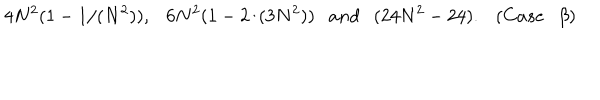
LaTeX: 4 N ^ { 2 } ( 1 - 1 / ( N ^ { 2 } ) ) , 6 N ^ { 2 } ( 1 - 2 / ( 3 N ^ { 2 } ) ) a n d ( 2 4 N ^ { 2 } - 2 4 ) . ( C a s e \beta )